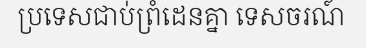
ប្រទេសជាប់ព្រំដេនគ្នា ទេសចរណ៍